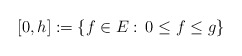
\begin{align*}[0,h] := \{f \in E: \, 0 \le f \le g\}\end{align*}